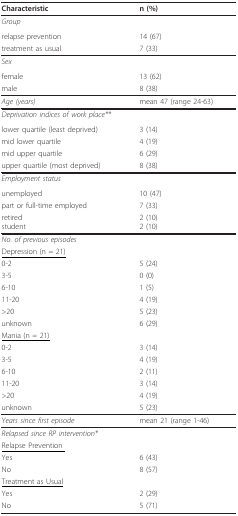
| Characteristic | n (%) |
 | --- | --- |
 | Group |  |
 | relapse prevention | 14 (67) |
 | treatment as usual | 7 (33) |
 | Sex |  |
 | female | 13 (62) |
 | male | 8 (38) |
 | Age (years) | mean 47 (range 24-63) |
 | Deprivation indices of work place** |  |
 | lower quartile (least deprived) | 3 (14) |
 | mid lower quartile | 4 (19) |
 | mid upper quartile | 6 (29) |
 | upper quartile (most deprived) | 8 (38) |
 | Employment status |  |
 | unemployed | 10 (47) |
 | part or full-time employed | 7 (33) |
 | retiredstudent | 2 (10)2 (10) |
 | No. of previous episodes |  |
 | <underline>Depression (n = 21)</underline> |  |
 | 0-2 | 5 (24) |
 | 3-5 | 0 (0) |
 | 6-10 | 1 (5) |
 | 11-20 | 4 (19) |
 | >20 | 5 (23) |
 | unknown | 6 (29) |
 | <underline>Mania (n = 21)</underline> |  |
 | 0-2 | 3 (14) |
 | 3-5 | 4 (19) |
 | 6-10 | 2 (11) |
 | 11-20 | 3 (14) |
 | >20 | 4 (19) |
 | unknown | 5 (23) |
 | Years since first episode | mean 21 (range 1-46) |
 | Relapsed since RP intervention* |  |
 | <underline>Relapse Prevention </underline> |  |
 | Yes | 6 (43) |
 | No | 8 (57) |
 | <underline>Treatment as Usual</underline> |  |
 | Yes | 2 (29) |
 | No | 5 (71) |